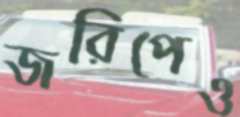
জরিপেও